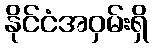
နိုင်ငံအဝှမ်းရှိ